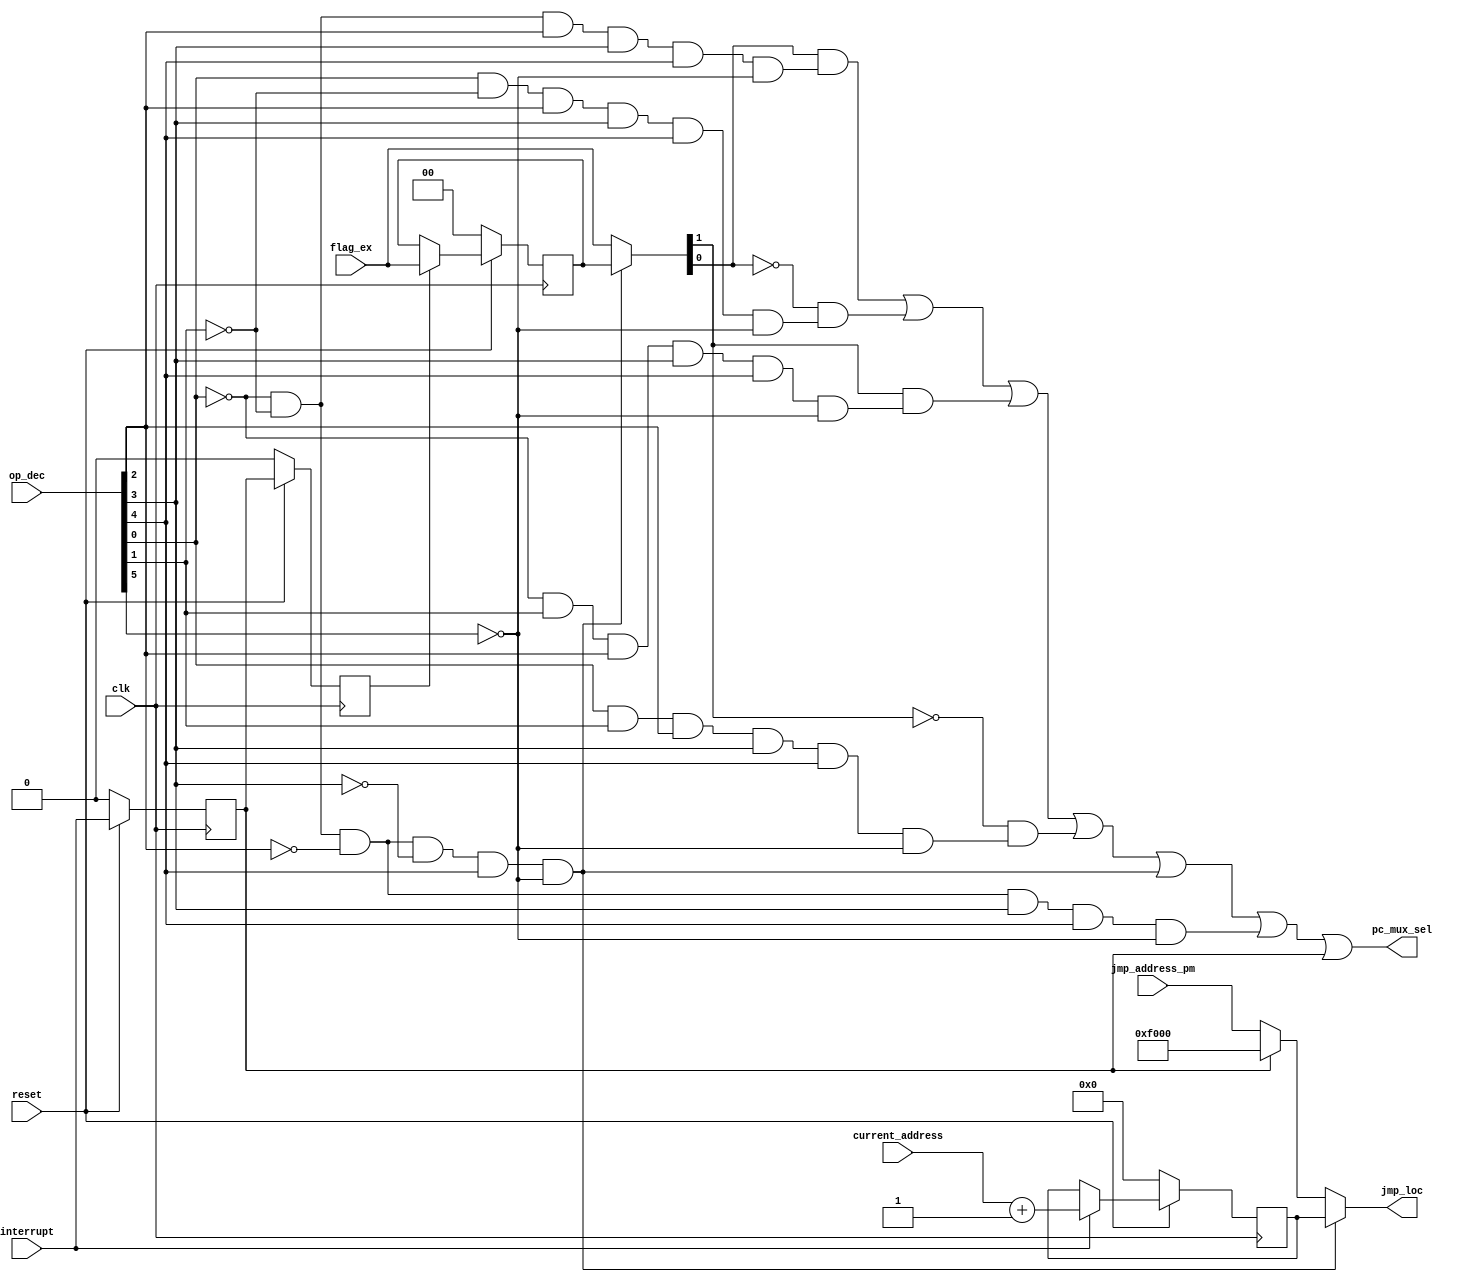
`timescale 1ns / 1ps
//////////////////////////////////////////////////////////////////////////////////
// Company: 
// Engineer: 
// 
// Design Name: 
// Module Name:    Jump_Control_Module 
// Project Name: 
// Target Devices: 
// Tool versions: 
// Description: 
//
// Dependencies: 
//
// Revision: 
// Revision 0.01 - File Created
// Additional Comments: 
//
//////////////////////////////////////////////////////////////////////////////////
module Jump_Control_Module(jmp_loc,pc_mux_sel,jmp_address_pm,current_address,op_dec,flag_ex,interrupt,clk,reset);
output [15:0] jmp_loc;
output pc_mux_sel;

input [15:0] jmp_address_pm,current_address;
input [5:0] op_dec;
input clk,reset,interrupt;
input [1:0] flag_ex;

wire JV,JNV,JZ,JNZ,JMP,RET;

wire current_address_tmp;//for incrementor 
reg q1,q2;//for d flip-flop_dec_dec
wire q1_tmp,q2_tmp;

wire [15: 0] mux_inc;
wire [15: 0] reg_inc_tmp;
reg [15: 0] reg_inc;

wire [1:0] mux_flg;
wire [1:0] reg_flg_tmp;
reg [1:0] reg_flg;

wire [1:0] mux_flag;

wire [15:0] mux_add;

wire [15:0] mux_ret;

wire jnz_and,jz_and;
wire jnv_and,jv_and;

assign JV = (~op_dec[0] & ~op_dec[1] & op_dec[2] & op_dec[3] & op_dec[4] & ~op_dec[5]);
assign JNV = (op_dec[0] & ~op_dec[1] & op_dec[2] & op_dec[3] & op_dec[4] & ~op_dec[5]);
assign JZ = (~op_dec[0] & op_dec[1] & op_dec[2] & op_dec[3] & op_dec[4] & ~op_dec[5]);
assign JNZ = (op_dec[0] & op_dec[1] & op_dec[2] & op_dec[3] & op_dec[4] & ~op_dec[5]);
assign JMP = (~op_dec[0] & ~op_dec[1] & ~op_dec[2] & op_dec[3] & op_dec[4] & ~op_dec[5]);
assign RET = (~op_dec[0] & ~op_dec[1] & ~op_dec[2] & ~op_dec[3] & op_dec[4] & ~op_dec[5]);

//assign current_address_tmp = (current_address + 16'h0001);
 
assign mux_inc = (interrupt) ? (current_address +1'b1) : reg_inc;

assign reg_inc_tmp = (reset) ? mux_inc : 16'b0;

assign mux_flg = (q2) ? flag_ex : reg_flg;

assign reg_flg_tmp = (reset) ? mux_flg : 2'b0;

assign mux_flag = (RET) ? reg_flg : flag_ex;

assign mux_add = (q1) ? 16'b1111000000000000 : jmp_address_pm;

assign mux_ret = (RET) ? reg_inc : mux_add;

assign jmp_loc = mux_ret;

assign jnz_and = ~mux_flag[1] & JNZ;
assign jz_and = mux_flag[1] & JZ;

assign jnv_and = ~mux_flag[0] & JNV;
assign jv_and = mux_flag[0] & JV;

assign pc_mux_sel = jv_and | jnv_and | jz_and | jnz_and | RET | JMP | q1;
assign q1_tmp = (reset) ? interrupt : 1'b0;
assign q2_tmp = (reset) ? q1 : 1'b0;
always @ (posedge clk)
begin 
q1 <= q1_tmp;
q2 <= q2_tmp ;
reg_inc <= reg_inc_tmp;
reg_flg <= reg_flg_tmp;
end

endmodule